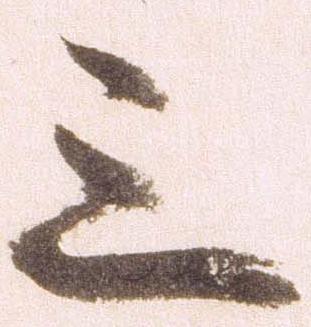
三